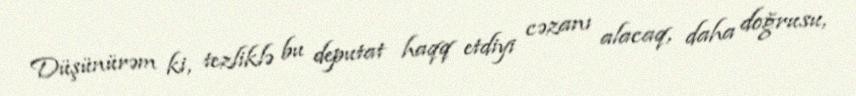
Düşünürəm ki, tezliklə bu deputat haqq etdiyi cəzanı alacaq, daha doğrusu,